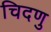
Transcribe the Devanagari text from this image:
चिदणु